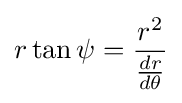
r\tan \psi ={\frac {r^{2}}{\tfrac {dr}{d\theta }}}